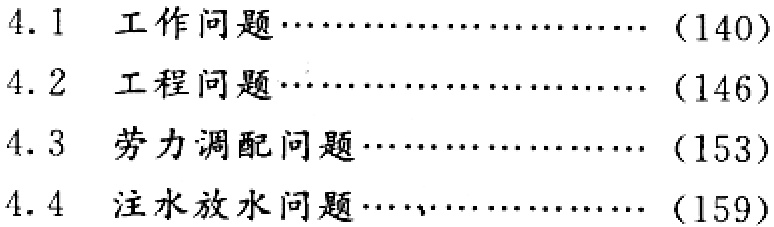
4.1 工作问题......................（140）

4.2 工程问题......................（146）

4.3 劳力调配问题...................（153）

4.4 注水放水问题...................（159）